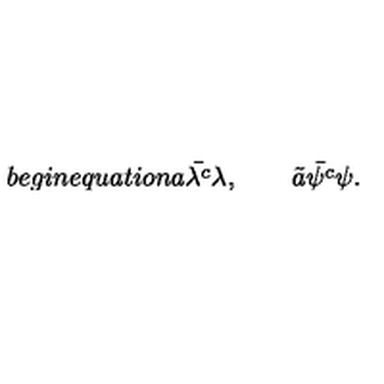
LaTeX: b e g i n { e q u a t i o n } a \bar { \lambda ^ { c } } \lambda , \qquad \tilde { a } \bar { \psi ^ { c } } \psi .